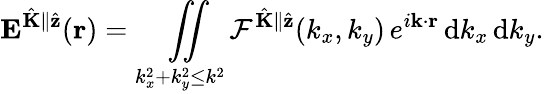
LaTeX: \mathbf{E}^{\hat{\mathbf{K}}\parallel\hat{\mathbf{z}}}(\mathbf{r})=\underset{k_{x}^{2}+k_{y}^{2}\leq k^{2}}{\iint}\mathcal{F}^{\hat{\mathbf{K}}\parallel\hat{\mathbf{z}}}(k_{x},k_{y})\, e^{i\mathbf{k}\cdot\mathbf{r}}\, \mathrm{d}k_{x}\, \mathrm{d}k_{y}.